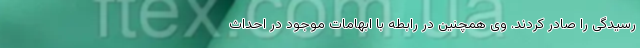
رسیدگی را صادر کردند. وی همچنین در رابطه با ابهامات موجود در احداث